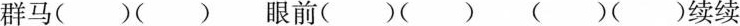
群马()() 眼前()() ()()续续